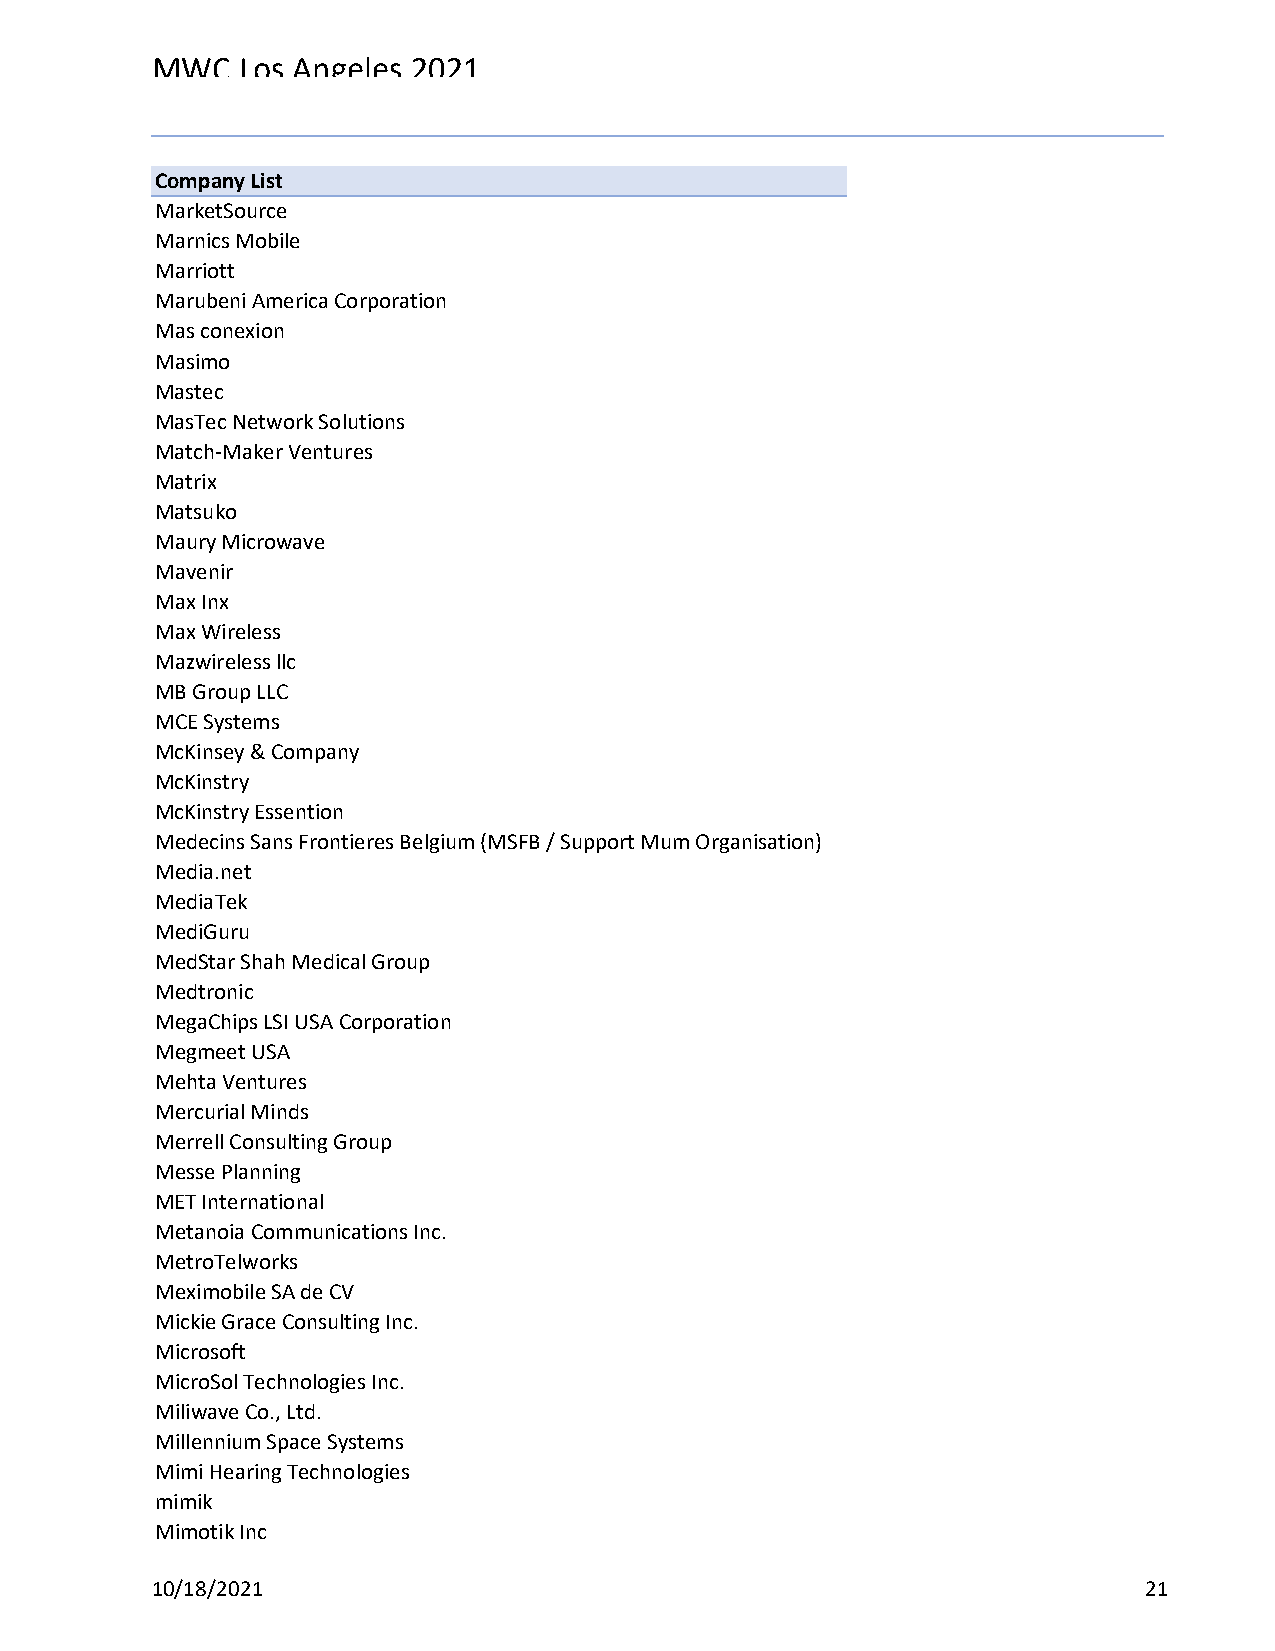
MWC   Los Angeles 2021
 Reg Status                                    Registration Complete
 Code Description                              (Multiple Items)
 Company List
 MarketSource
 Marnics Mobile
 Marriott
 Marubeni America Corporation
 Mas conexion
 Masimo
 Mastec
 MasTec Network Solutions
 Match-Maker Ventures
 Matrix
 Matsuko
 Maury Microwave
 Mavenir
 Max Inx
 Max Wireless
 Mazwireless llc
 MB Group LLC
 MCE Systems
 McKinsey & Company
 McKinstry
 McKinstry Essention
 Medecins Sans Frontieres Belgium (MSFB / Support Mum Organisation)
 Media.net
 MediaTek
 MediGuru
 MedStar Shah Medical Group
 Medtronic
 MegaChips LSI USA Corporation
 Megmeet USA
 Mehta Ventures
 Mercurial Minds
 Merrell Consulting Group
 Messe Planning
 MET International
 Metanoia Communications Inc.
 MetroTelworks
 Meximobile SA de CV
 Mickie Grace Consulting Inc.
 Microsoft
 MicroSol Technologies Inc.
 Miliwave Co., Ltd.
 Millennium Space Systems
 Mimi Hearing Technologies
 mimik
 Mimotik Inc
 10/18/2021                                                        21